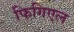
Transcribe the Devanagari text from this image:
फिगिएल